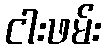
ငါးဖမ်း